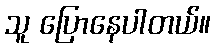
သူ ပြောနေပါတယ်။